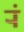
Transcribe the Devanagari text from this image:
र्‍ां